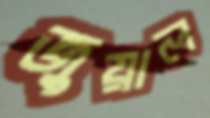
জুয়াল